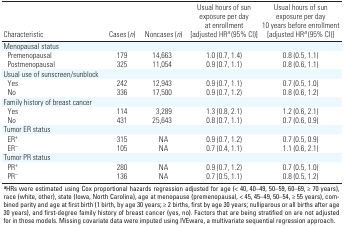
| Characteristic | Cases (n) | Noncases (n) | Usual hours of sun exposure per day at enrollment [adjusted HRa (95% CI)] | Usual hours of sun exposure per day 10 years before enrollment [adjusted HRa (95% CI)] |
 | --- | --- | --- | --- | --- |
 | Menopausal status |
 | Premenopausal | 179 | 14,663 | 1.0 (0.7, 1.4) | 0.8 (0.5, 1.1) |
 | Postmenopausal | 325 | 11,054 | 0.9 (0.7, 1.1) | 0.8 (0.6, 1.1) |
 | Usual use of sunscreen/sunblock |
 | Yes | 242 | 12,943 | 0.9 (0.7, 1.1) | 0.7 (0.5, 1.0) |
 | No | 336 | 17,500 | 0.9 (0.7, 1.2) | 0.8 (0.6, 1.2) |
 | Family history of breast cancer |
 | Yes | 114 | 3,289 | 1.3 (0.8, 2.1) | 1.2 (0.6, 2.1) |
 | No | 431 | 25,643 | 0.8 (0.7, 1.1) | 0.7 (0.6, 0.9) |
 | Tumor ER status |
 | ER+ | 315 | NA | 0.9 (0.7, 1.2) | 0.7 (0.5, 0.9) |
 | ER– | 105 | NA | 0.7 (0.4, 1.1) | 1.1 (0.6, 2.1) |
 | Tumor PR status |
 | PR+ | 280 | NA | 0.9 (0.7, 1.2) | 0.7 (0.5, 1.0) |
 | PR– | 136 | NA | 0.7 (0.5, 1.1) | 0.8 (0.5, 1.2) |